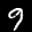
Label: 9